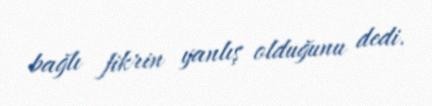
bağlı fikrin yanlış olduğunu dedi.